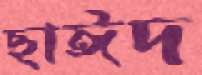
ছাঈদ